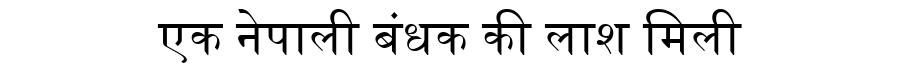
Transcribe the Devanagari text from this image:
एक नेपाली बंधक की लाश मिली